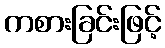
ကစားခြင်းဖြင့်